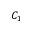
C _ { 1 }